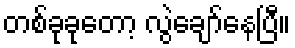
တစ်ခုခုတော့ လွဲချော်နေပြီ။